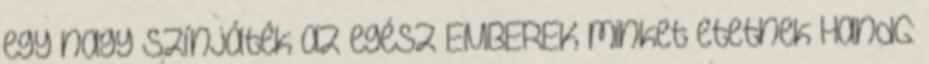
egy nagy színjáték az egész EMBEREK minket etetnek HandG: